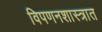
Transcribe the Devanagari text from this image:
विपणनशास्त्रात